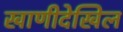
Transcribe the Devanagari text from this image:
खाणीदेखिल